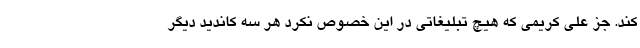
کند. جز علی کریمی که هیچ تبلیغاتی در این خصوص نکرد هر سه کاندید دیگر